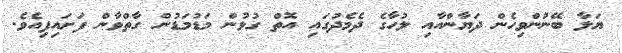
ޔަލާ ބޭނުންވިހެން ދަޔާންއާއި ލުހާގެ ދެމެދުގައި އޮތް ގުޅުން މަޑުމަޑުން ގާތްވާން ފަށައިފިއެވެ.